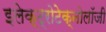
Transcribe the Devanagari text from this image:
इलेक्ट्रोटेक्नोलॉजी